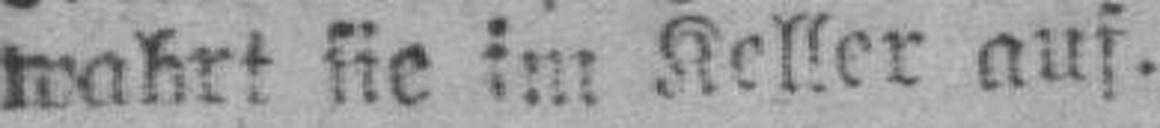
wahrt sie Keller auf.